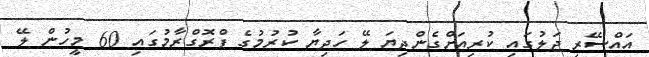
އައްސޭރި ޖަލުގައި ކުރިއަށްގެންދިޔަ ލޭ ހަދިޔާ ކުރުމުގެ ޕްރޮގްރާމުގައި 60 މީހުން ލޭ